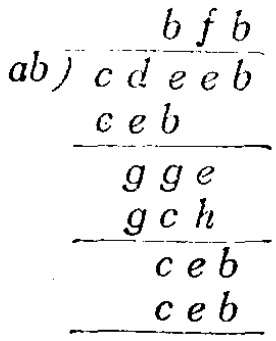
```latex

\begin{array}{r}

b f b \\

ab\enclose{longdiv}{c d e b} \\

\underline{c e b} \\

g g e \\

\underline{g c h} \\

c e b \\

\underline{c e b} \\

\end{array}

```